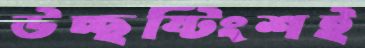
উচ্ছষ্টিংশই